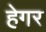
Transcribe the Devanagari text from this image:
हेगर